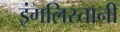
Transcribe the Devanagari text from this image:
इंगलिस्तानी